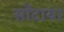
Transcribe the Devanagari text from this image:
सोंटाया